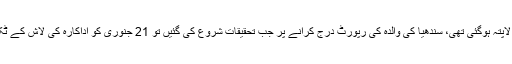
پولیس کمشنر چنائی کے مطابق فلمساز بالا کرشنا کی اہلیہ 35 سالہ اداکارہ سندھیا 19 جنوری کو لاپتہ ہوگئی تھی، سندھیا کی والدہ کی رپورٹ درج کرانے پر جب تحقیقات شروع کی گئیں تو 21 جنوری کو اداکارہ کی لاش کے ٹکڑے مختلف جگہوں سے ملے، پولیس نے سندھیا کے پاؤں پر بنے ’’ٹیٹو‘‘سے اس کی شناخت کی۔